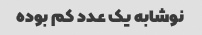
نوشابه یک عدد کم بوده